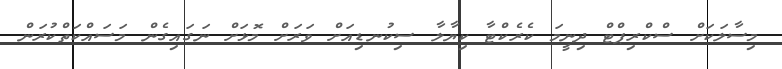
މިސާލަކަށް ސްކްރިޕްޓް ދިނީމަ ކެރެކްޓާ ކިޔާލާ ސިކުނޑިއަށް ވަރަށް މޮޅަށް ނަގައިގެން މަސައްކަތްކުރަން